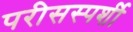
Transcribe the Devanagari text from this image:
परीसस्पर्शी